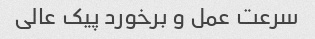
سرعت عمل و برخورد پیک عالی